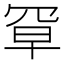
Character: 𫅃